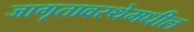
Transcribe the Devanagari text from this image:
जागृतावस्थेमधील